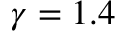
\gamma = 1 . 4